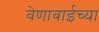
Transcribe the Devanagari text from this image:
वेणाबाईच्या